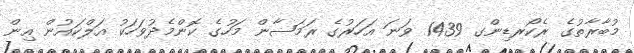
މުބާރާތުގެ ރެކޯރޑިންގ 1439 ވަނަ އަހަރުގެ ރަމަޟާން މަހުގެ ކޮންމެދުވަހަކު އަލްކައުން އިން